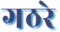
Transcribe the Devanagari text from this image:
गठरे